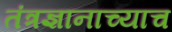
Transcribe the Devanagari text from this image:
तंत्रज्ञानाच्याच